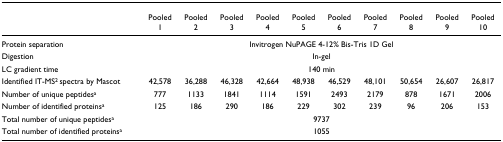
<table><thead><tr><td></td><td><b>Pooled 1</b></td><td><b>Pooled 2</b></td><td><b>Pooled 3</b></td><td><b>Pooled 4</b></td><td><b>Pooled 5</b></td><td><b>Pooled 6</b></td><td><b>Pooled 7</b></td><td><b>Pooled 8</b></td><td><b>Pooled 9</b></td><td><b>Pooled 10</b></td></tr></thead><tbody><tr><td>Protein separation</td><td colspan="10">Invitrogen NuPAGE 4-12% Bis-Tris 1D Gel</td></tr><tr><td>Digestion</td><td colspan="10">In-gel</td></tr><tr><td>LC gradient time</td><td colspan="10">140 min</td></tr><tr><td>Identified IT-MS<sup>2 </sup>spectra by Mascot</td><td>42,578</td><td>36,288</td><td>46,328</td><td>42,664</td><td>48,938</td><td>46,529</td><td>48,101</td><td>50,654</td><td>26,607</td><td>26,817</td></tr><tr><td>Number of unique peptides<sup>a</sup></td><td>777</td><td>1133</td><td>1841</td><td>1114</td><td>1591</td><td>2493</td><td>2179</td><td>878</td><td>1671</td><td>2006</td></tr><tr><td>Number of identified proteins<sup>a</sup></td><td>125</td><td>186</td><td>290</td><td>186</td><td>229</td><td>302</td><td>239</td><td>96</td><td>206</td><td>153</td></tr><tr><td>Total number of unique peptides<sup>a</sup></td><td colspan="10">9737</td></tr><tr><td>Total number of identified proteins<sup>a</sup></td><td colspan="10">1055</td></tr></tbody></table>